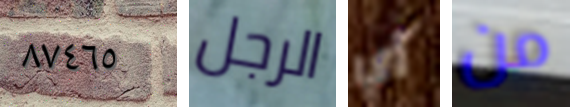
٨٧٤٦٥ الرجل أي من